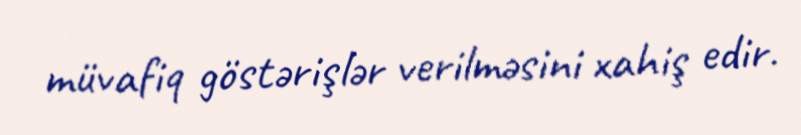
müvafiq göstərişlər verilməsini xahiş edir.